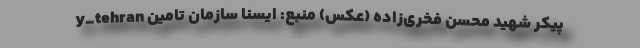
y_tehran پیکر شهید محسن فخری‌زاده (عکس) منبع: ایسنا سازمان تامین